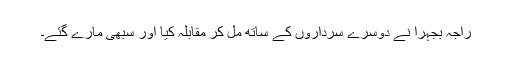
راجہ بجہرا نے دوسرے سرداروں کے ساتھ مل کر مقابلہ کیا اور سبھی مارے گئے۔